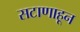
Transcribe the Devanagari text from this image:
सटाणाहून